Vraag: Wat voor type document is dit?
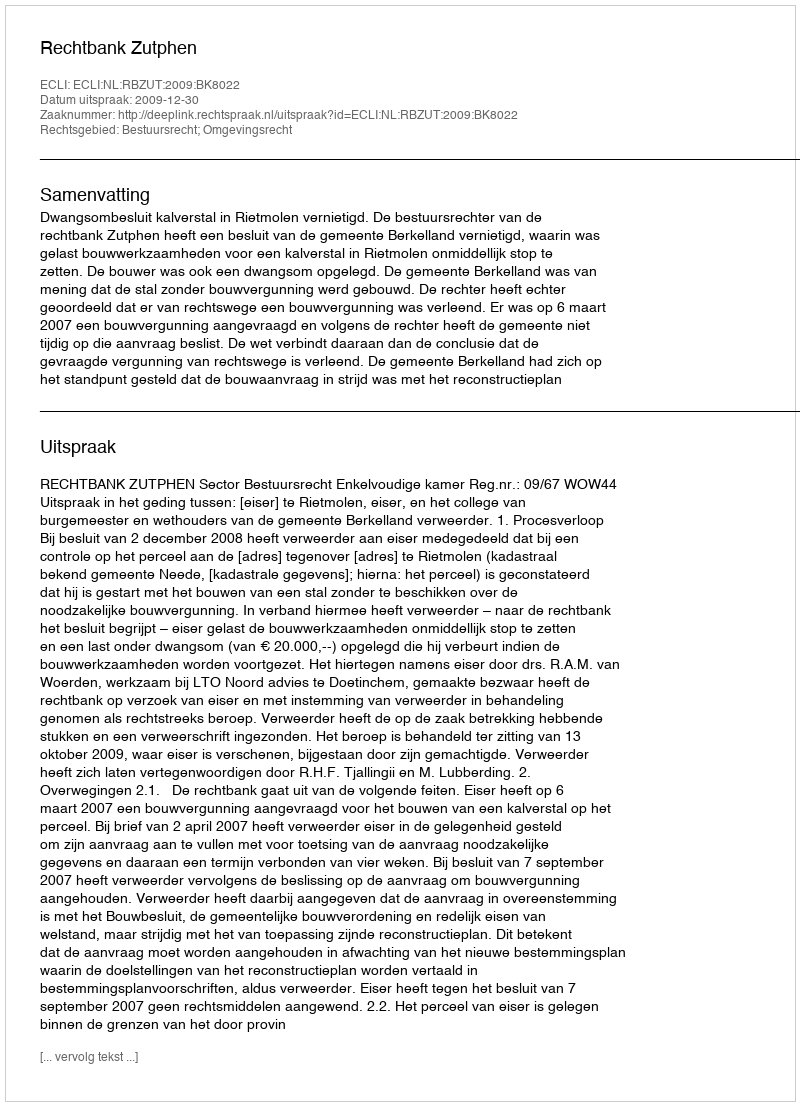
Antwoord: Uitspraak